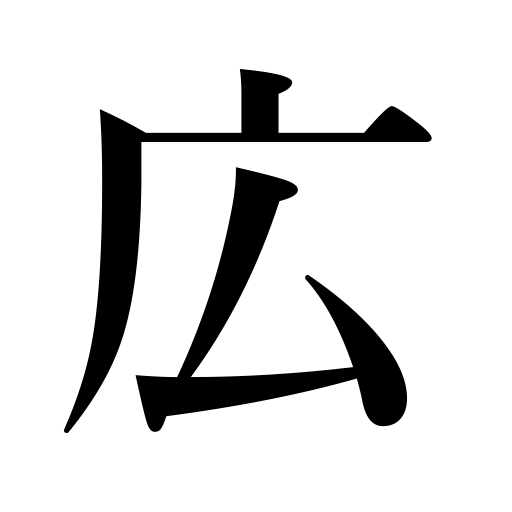
Meanings: prevade,extend,spacious,wide,enlarge,become popular,advertisement,introduce,unfurl,popularize,disseminate,reach to,stretch,prevail,be propagated,extensive,advertise,widen,open arms of a package,expand,spread,be diffused,be circulated,spread out,announcement,broad,enlargel